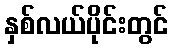
နှစ်လယ်ပိုင်းတွင်